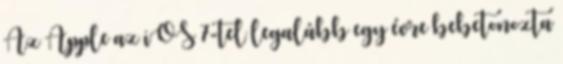
Az Apple az iOS 7-tel legalább egy évre bebetonozta